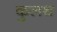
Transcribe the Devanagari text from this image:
कुलथ